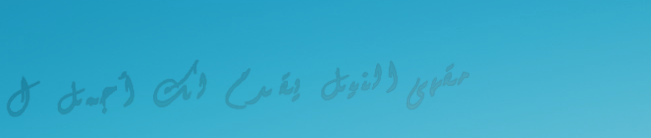
مقهى النيل يقدم لك أجمل ل